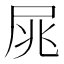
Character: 𡱜